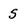
Character: 5